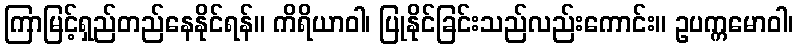
ကြာမြင့်ရှည်တည်နေနိုင်ရန်။ ကိရိယာဝါ၊ ပြုနိုင်ခြင်းသည်လည်းကောင်း။ ဥပက္ကမောဝါ၊